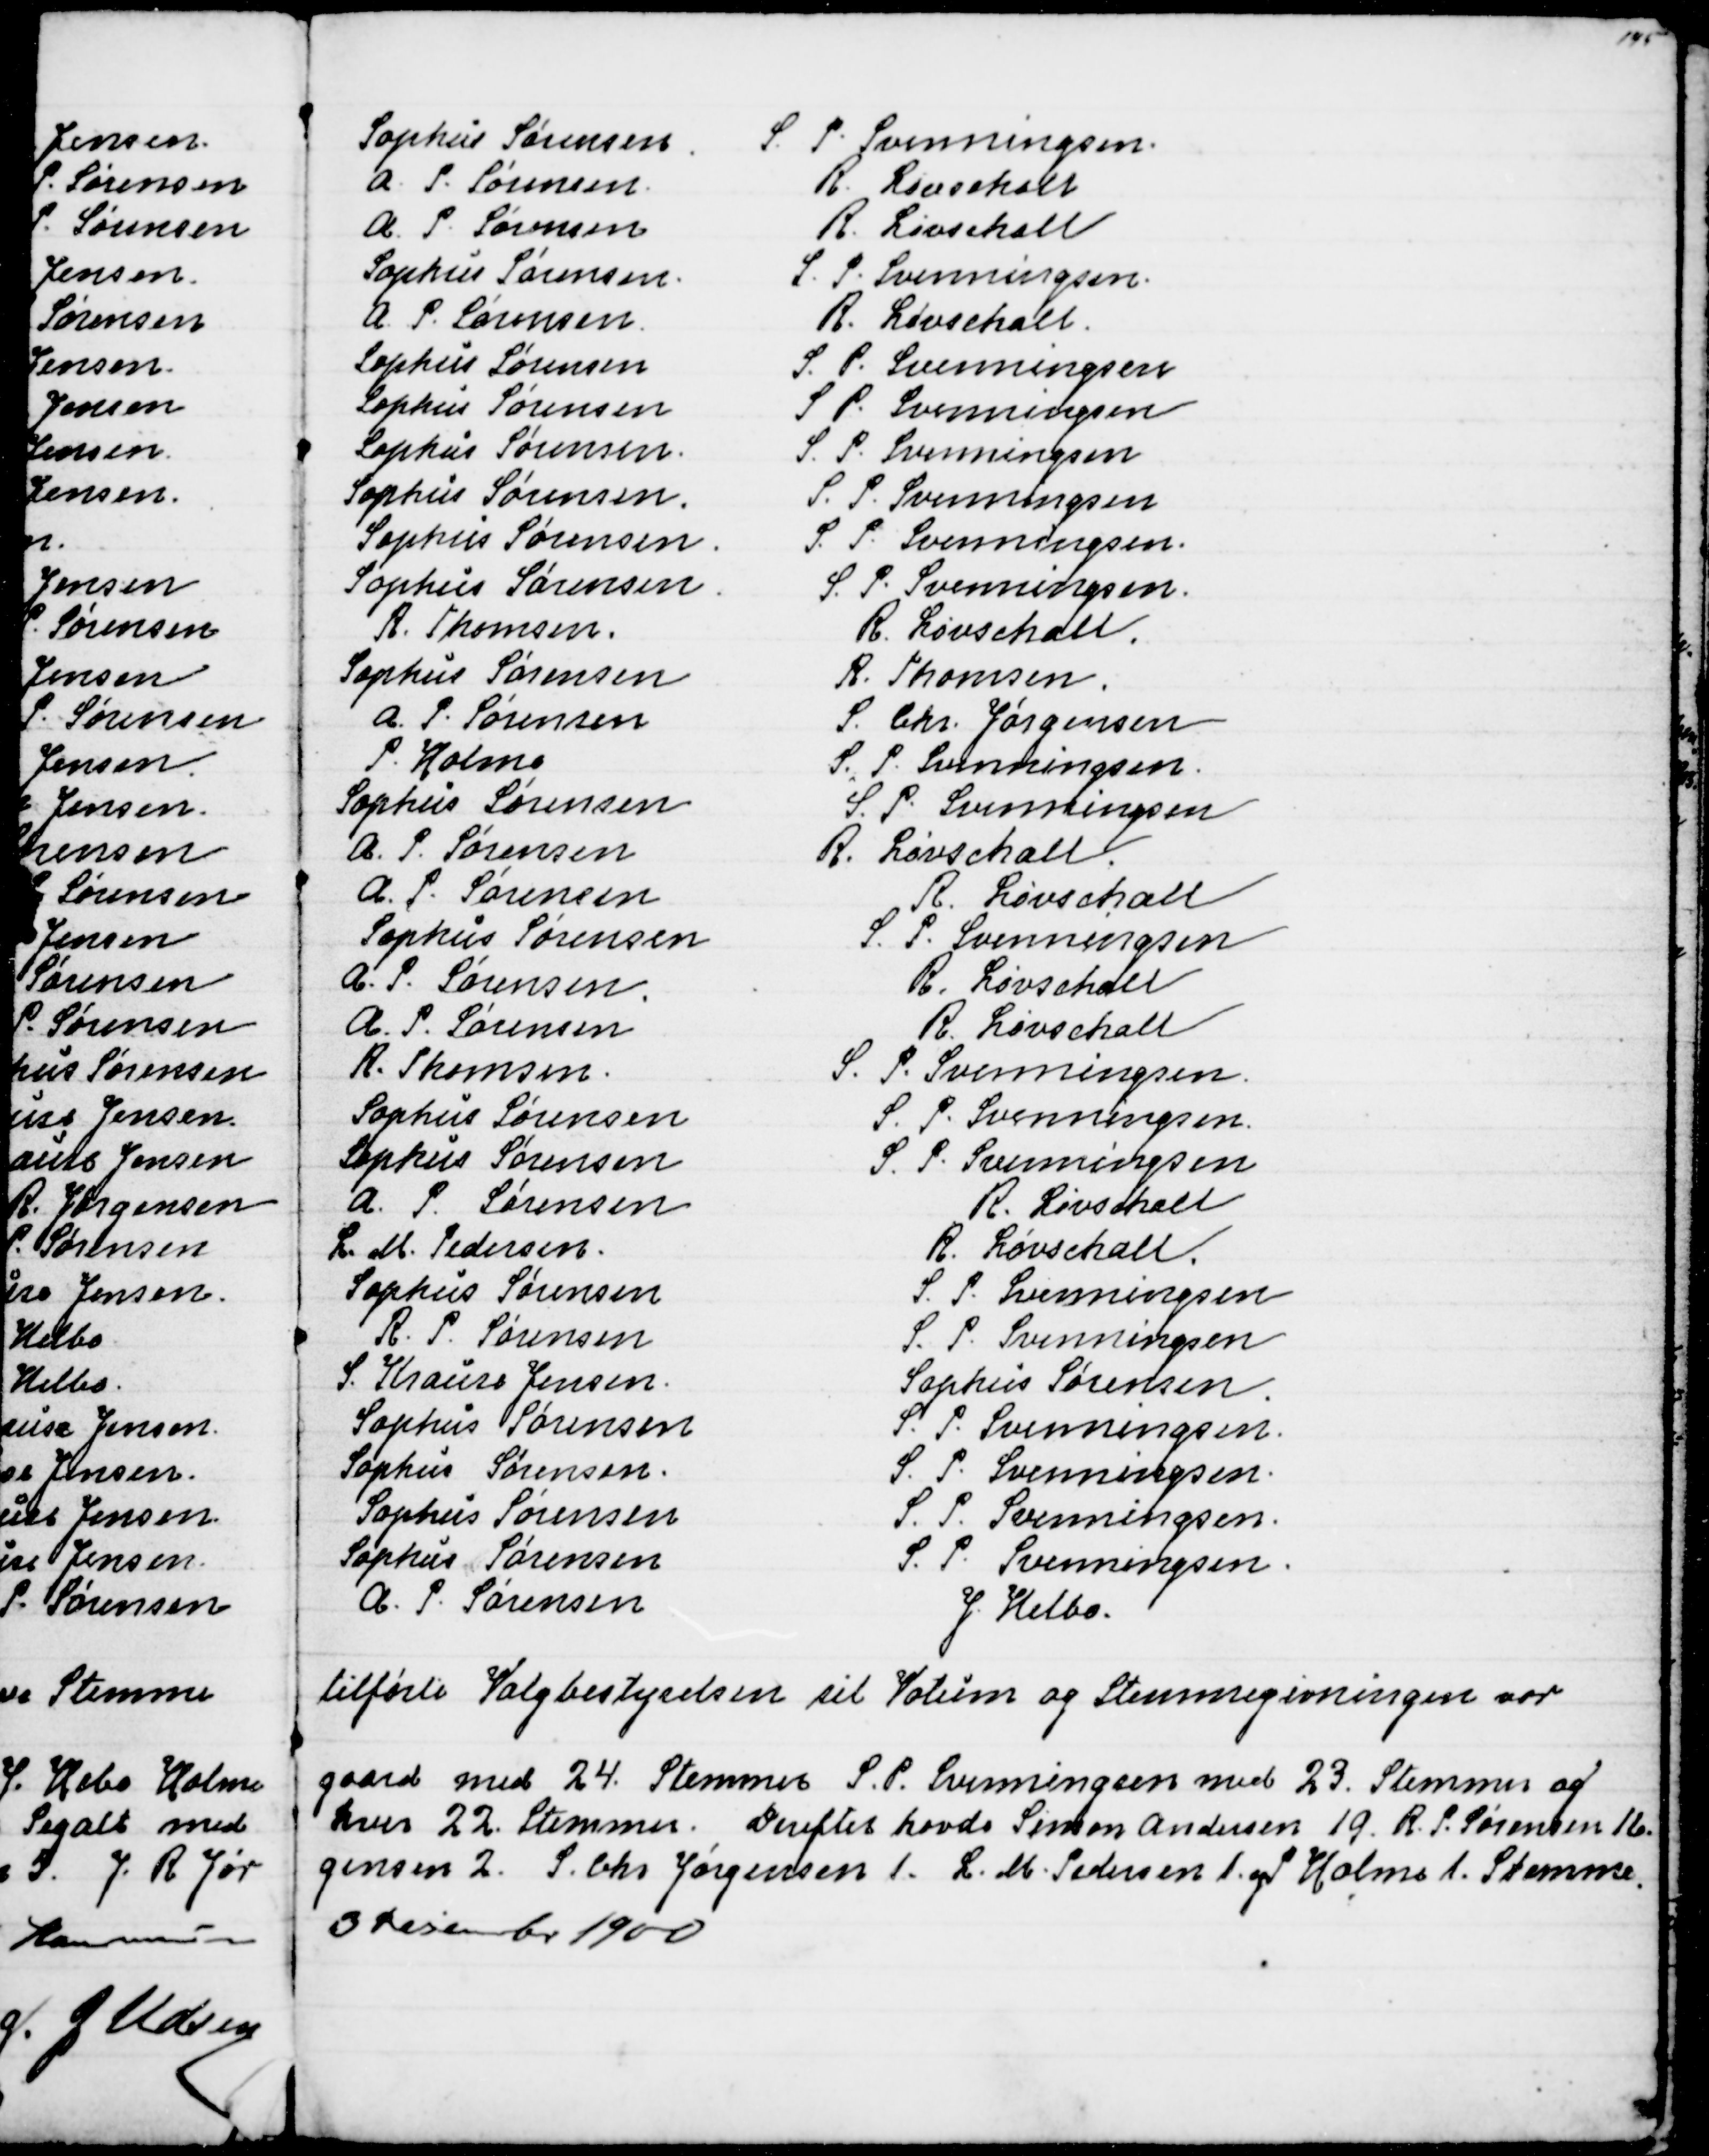
Transskription:
Sophus Sørensen
S. P. Svenningsen
A. P. Sørensen
R. Løvschall
A. P. Sørensen
R. Løvschall
Sophus Sørensen
S. P. Svenningsen.
A. P. Sørensen
R. Løvschall
Sophus Sørensen
S. P. Svenningsen
Sophus Sørensen
S. P. Svenningsen
Sophus Sørensen
S. P. Svenningsen
Sophus Sørensen
S. P. Svenningsen
Sophus Sørensen
S. P. Svenningsen.
Sophus Sørensen
S. P. Svenningsen
R. Thomsen
R. Løvschall
Sophus Sørensen
R. Thomsen
A. P. Sørensen
S. Chr. Jørgensen
P. Holme
S. P. Svenningsen
Sophus Sørensen
S. P. Svenningsen
A. P. Sørensen
R. Løvschall
A. P. Sørensen
R. Løvschall
Sophus Sørensen
S. P. Svenningsen
A. P. Sørensen
R. Løvschall
A. P. Sørensen
R. Løvschall
R. Thomsen
S. P. Svenningsen.
Sophus Sørensen
S. P. Svenningsen.
Sophus Sørensen
S. P.  Svenningsen
A. P. Sørensen
R. Løvschall
L. M. Pedersen
R. Løvschall
Sophus Sørensen
S. P. Svenningsen
R. P. Sørensen
S. P. Svenningsen
S. Krause Jensen
Sophus Sørensen
Sophus Sørensen
S. P. Svenningsen
Sophus Sørensen
S. P. Svenningsen
Sophus Sørensen
S. P. Svenningsen.
Sophus Sørensen
S. P. Svenningsen
A. P. Sørensen
J. Helbo.
tilførte Valgbestyrelsen til Votum og Stemmegivningen var
gaard med 24. Stemmer S. P. Svenningsen med 23. Stemmer og
hver 22. Stemmer. Derefter havde Simon Andersen 19. R. P. Sørensen 16.
gensen 2. S. Chr Jørgensen 1. L. M. Pedersen 1. og Holme 1. Stemme.
3 December 1900